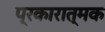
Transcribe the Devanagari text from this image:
प्रकारात्मक